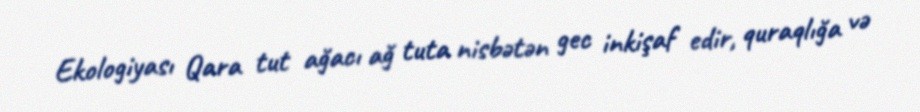
Ekologiyası Qara tut ağacı ağ tuta nisbətən gec inkişaf edir, quraqlığa və